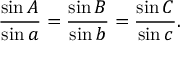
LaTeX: { \frac { \sin A } { \sin a } } = { \frac { \sin B } { \sin b } } = { \frac { \sin C } { \sin c } } .